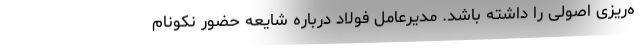
ه‌ریزی اصولی را داشته باشد‌. مدیرعامل فولاد درباره شایعه حضور نکونام